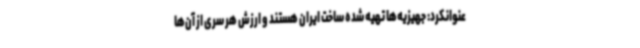
عنوانکرد: جهیزیه‌ها تهیه شده ساخت ایران هستند و ارزش هر سری از آن‌ها